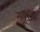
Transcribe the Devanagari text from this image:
म्यूटंट